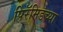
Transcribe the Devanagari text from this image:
पिरॅमिडच्या